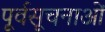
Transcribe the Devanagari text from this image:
पूर्वसूचनाओं